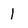
Character: 1